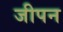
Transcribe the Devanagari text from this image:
जीपन